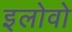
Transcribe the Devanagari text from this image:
इलोवो